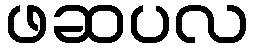
ဖဆပလ